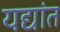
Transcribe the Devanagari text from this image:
यद्यांत